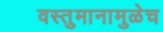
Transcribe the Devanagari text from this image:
वस्तुमानामुळेच